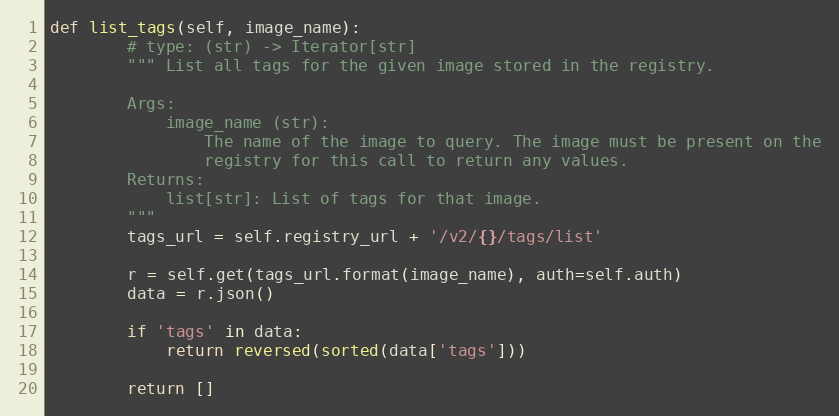
Language: Python
def list_tags(self, image_name):
        # type: (str) -> Iterator[str]
        """ List all tags for the given image stored in the registry.

        Args:
            image_name (str):
                The name of the image to query. The image must be present on the
                registry for this call to return any values.
        Returns:
            list[str]: List of tags for that image.
        """
        tags_url = self.registry_url + '/v2/{}/tags/list'

        r = self.get(tags_url.format(image_name), auth=self.auth)
        data = r.json()

        if 'tags' in data:
            return reversed(sorted(data['tags']))

        return []